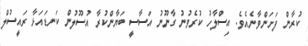
ކުރާން ފަށަންވާނެއެވެ. އިސްލާހު ކުރެވުނު ގާނޫނު އަސާސީ ބަޔާންކުރާ އުސޫލުން ކަނޑައަޅާ ރައީސުލް